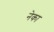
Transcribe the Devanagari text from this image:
नेका